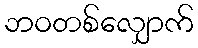
ဘဝတစ်လျှောက်